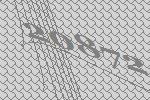
20872